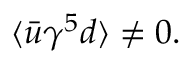
\langle \bar { u } \gamma ^ { 5 } d \rangle \ne 0 .